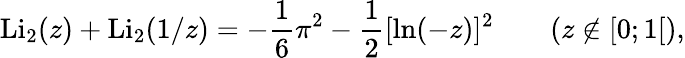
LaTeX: \operatorname{Li}_{2}(z)+\operatorname{Li}_{2}(1/z)=-{\frac{1}{6}}\pi^{2}-{\frac{1}{2}}[\ln(-z)]^{2}\qquad(z\not\in[0;1[),